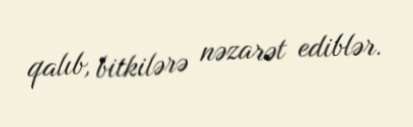
qalıb, bitkilərə nəzarət ediblər.